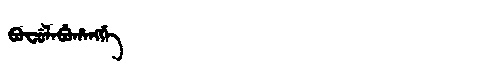
Manchu: ᠪᠣᠸᡠᠯᠠᠪᡠᡥᠠᠩᡤᡝ
Romanization: BOFULABUHANGGE